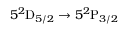
5 ^ { 2 } \mathrm { D } _ { 5 / 2 } \rightarrow 5 ^ { 2 } \mathrm { P } _ { 3 / 2 }